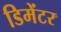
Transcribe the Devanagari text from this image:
डिमेंटर